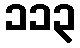
၁၁၃